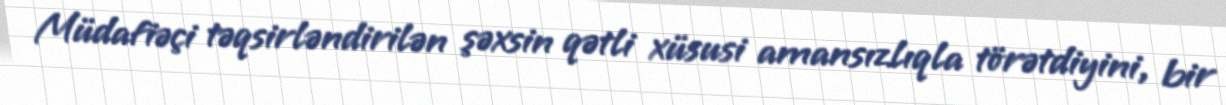
Müdafiəçi təqsirləndirilən şəxsin qətli xüsusi amansızlıqla törətdiyini, bir